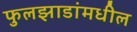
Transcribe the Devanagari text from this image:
फुलझाडांमधील